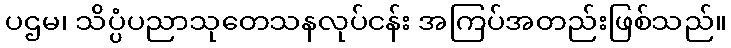
ပဌမ၊ သိပ္ပံပညာသုတေသနလုပ်ငန်း အကြပ်အတည်းဖြစ်သည်။